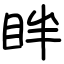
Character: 眫